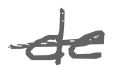
Text: de
Cross-out: single-line
Writing tool: digital_gray